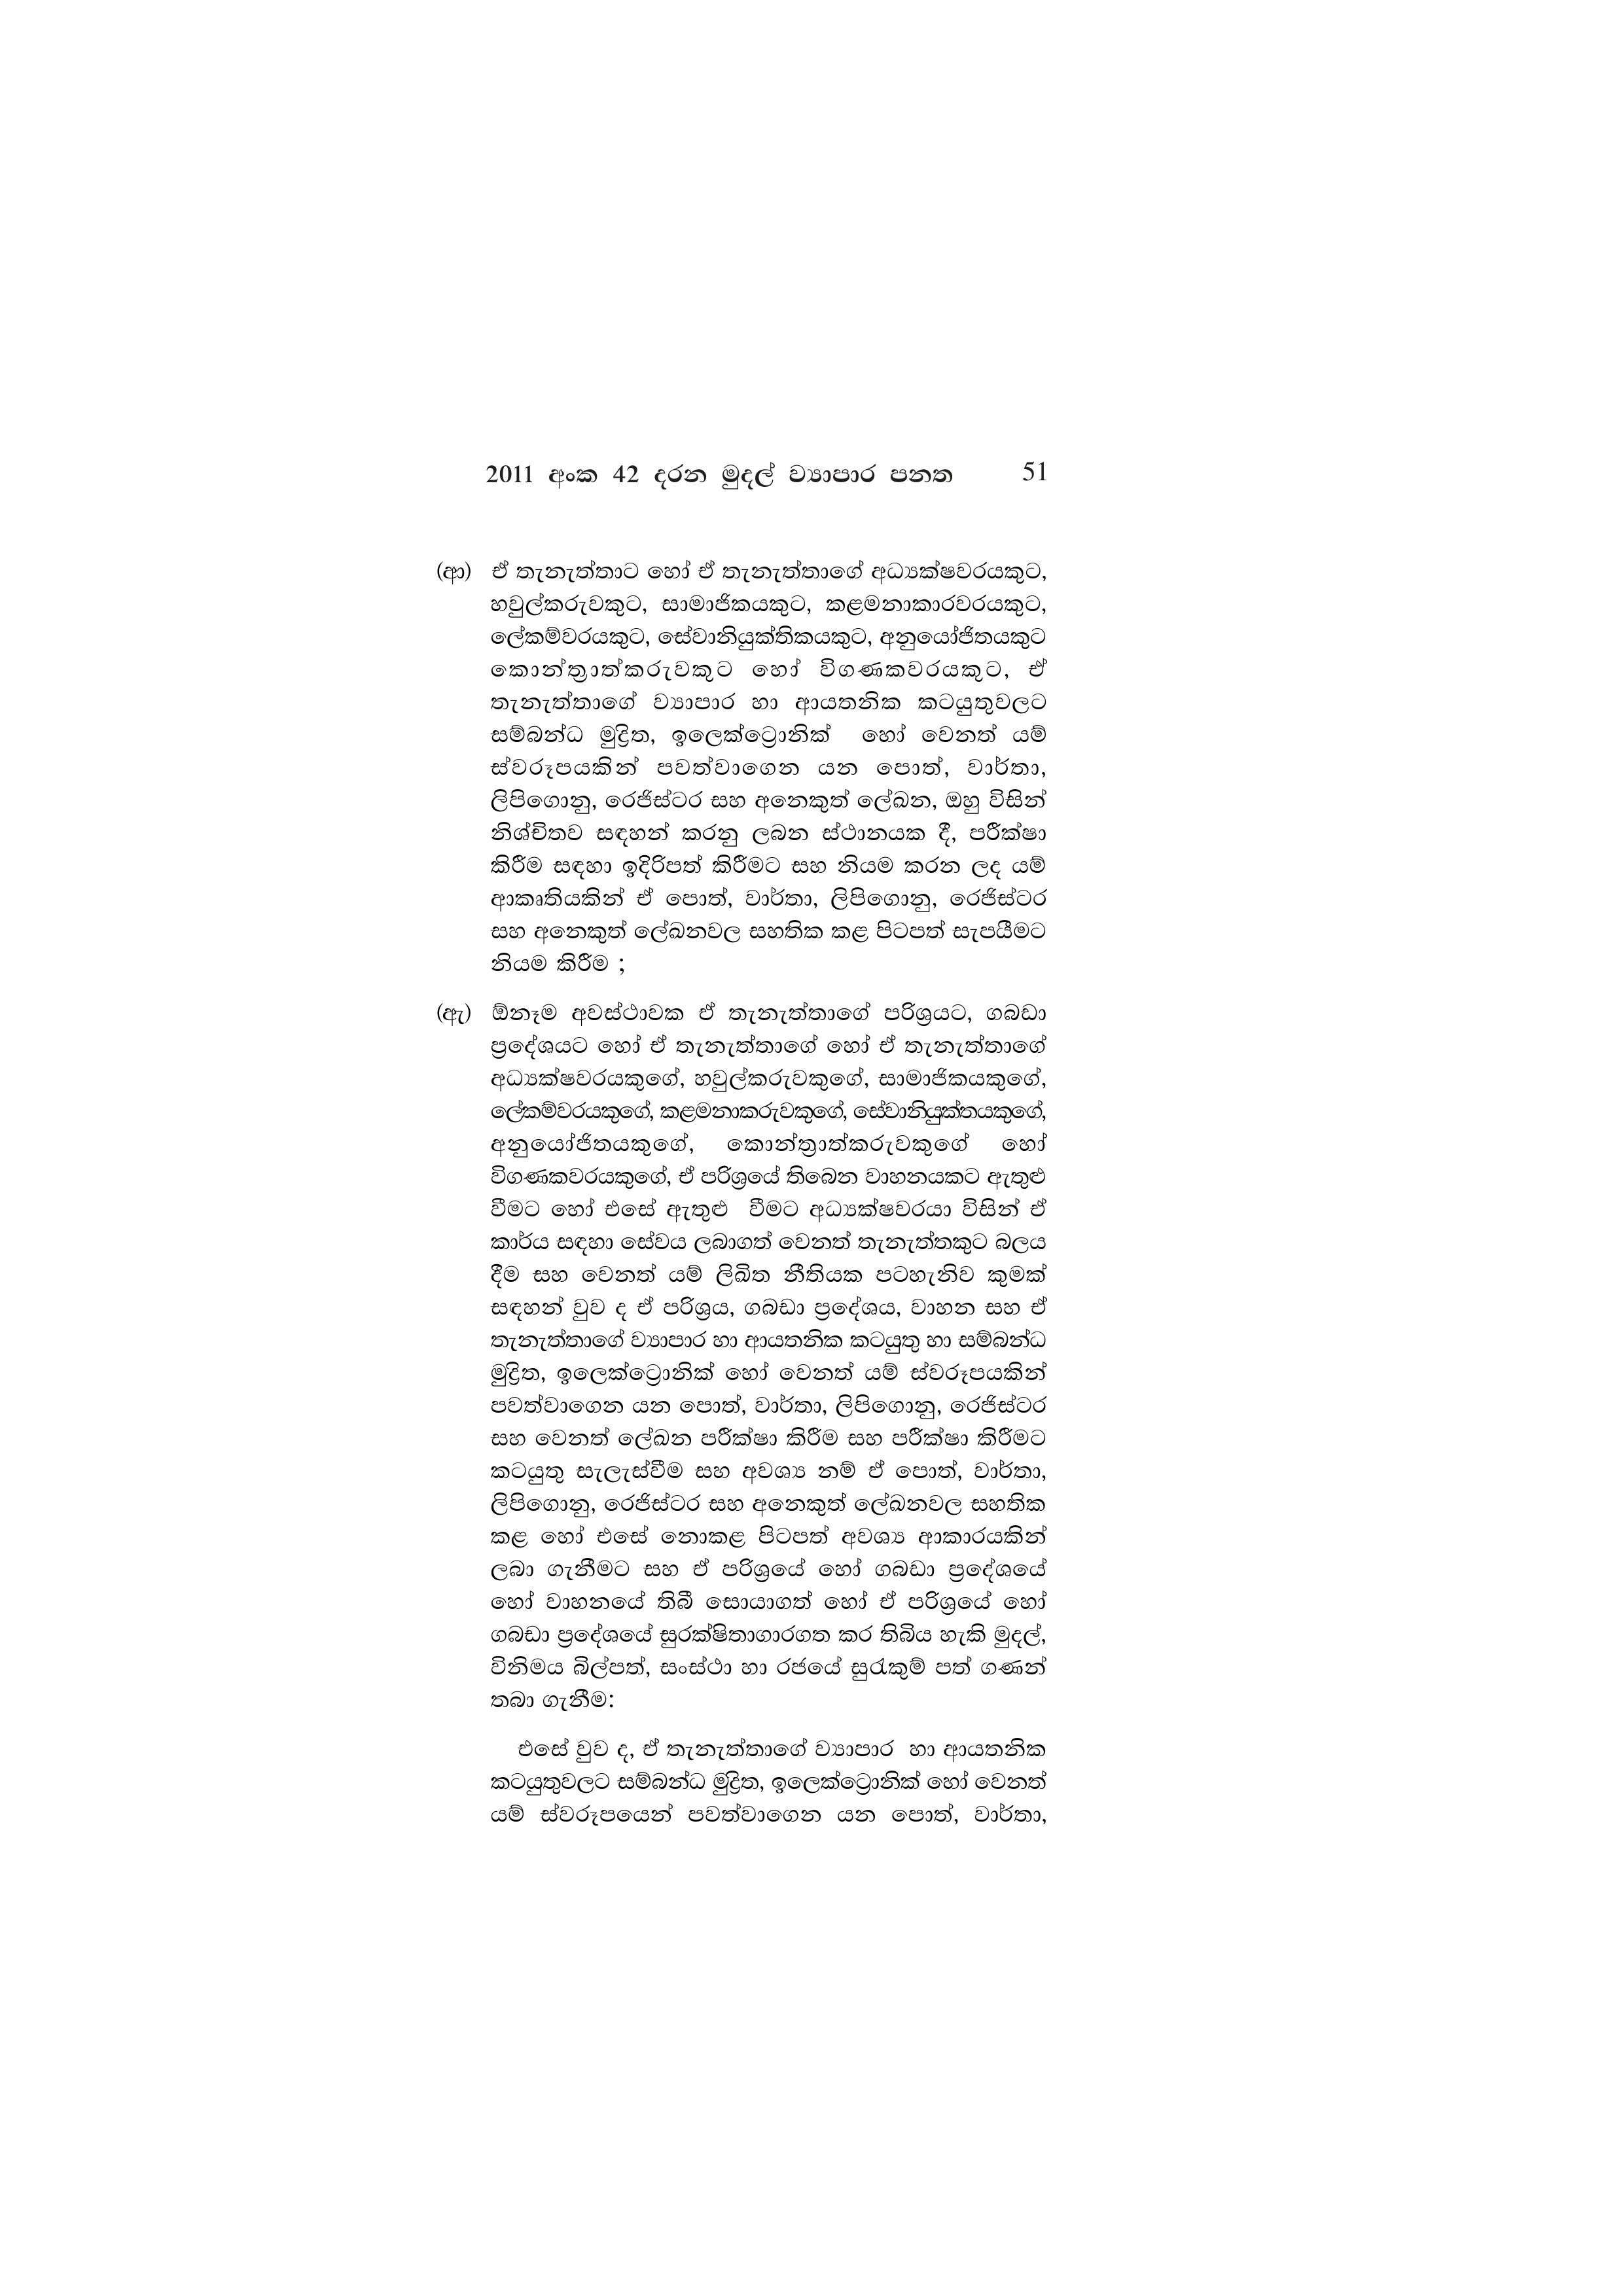
2011 අංක 42 දරන මුදල් ව්‍යාපාර පනත 51

(ආ) ඒ තැනැත්තාට හෝ ඒ තැනැත්තාගේ අධ්‍යක්ෂවරයකුට,
හවුල්කරුවකුට, සාමාජිකයකුට, කළමනාකාරවරයකුට,
ලේකම්වරයකුට, සේවානියුක්තිකයකුට, අනුයෝජිතයකුට
කොන්ත්‍රාත්කරුවකුට හෝ විගණකවරයකුට, ඒ
තැනැත්තාගේ ව්‍යාපාර හා ආයතනික කටයුතුවලට
සම්බන්ධ මුද්‍රිත, ඉලෙක්ට්‍රොනික් හෝ වෙනත් යම්
ස්වරූපයකින් පවත්වාගෙන යන පොත්, වාර්තා,
ලිපිගොනු, රෙජිස්ටර සහ අනෙකුත් ලේඛන, ඔහු විසින්
නිශ්චිතව සඳහන් කරනු ලබන ස්ථානයක දී, පරීක්ෂා
කිරීම සඳහා ඉදිරිපත් කිරීමට සහ නියම කරන ලද යම්
ආකෘතියකින් ඒ පොත්, වාර්තා, ලිපිගොනු, රෙජිස්ටර
සහ අනෙකුත් ලේඛනවල සහතික කළ පිටපත් සැපයීමට
නියම කිරීම ;

(ඇ) ඕනෑම අවස්ථාවක ඒ තැනැත්තාගේ පරිශ්‍රයට, ගබඩා
ප්‍රදේශයට හෝ ඒ තැනැත්තාගේ හෝ ඒ තැනැත්තාගේ
අධ්‍යක්ෂවරයකුගේ, හවුල්කරුවකුගේ, සාමාජිකයකුගේ,
ලේකම්වරයකුගේ, කළමනාකරුවකුගේ, සේවානියුක්තයකුගේ,
අනුයෝජිතයකුගේ, කොන්ත්‍රාත්කරුවකුගේ හෝ
විගණකවරයකුගේ, ඒ පරිශ්‍රයේ තිබෙන වාහනයකට ඇතුළු
වීමට හෝ එසේ ඇතුළු වීමට අධ්‍යක්ෂවරයා විසින් ඒ
කාර්ය සඳහා සේවය ලබාගත් වෙනත් තැනැත්තකුට බලය
දීම සහ වෙනත් යම් ලිඛිත නීතියක පටහැනිව කුමක්
සඳහන් වුව ද ඒ පරිශ්‍රය, ගබඩා ප්‍රදේශය, වාහන සහ ඒ
තැනැත්තාගේ ව්‍යාපාර හා ආයතනික කටයුතු හා සම්බන්ධ
මුද්‍රිත, ඉලෙක්ට්‍රොනික් හෝ වෙනත් යම් ස්වරූපයකින්
පවත්වාගෙන යන පොත්, වාර්තා, ලිපිගොනු, රෙජිස්ටර
සහ වෙනත් ලේඛන පරීක්ෂා කිරීම සහ පරීක්ෂා කිරීමට
කටයුතු සැලැස්වීම සහ අවශ්‍ය නම් ඒ පොත්, වාර්තා,
ලිපිගොනු, රෙජිස්ටර සහ අනෙකුත් ලේඛනවල සහතික
කළ හෝ එසේ නොකළ පිටපත් අවශ්‍ය ආකාරයකින්
ලබා ගැනීමට සහ ඒ පරිශ්‍රයේ හෝ ගබඩා ප්‍රදේශයේ
හෝ වාහනයේ තිබී සොයාගත් හෝ ඒ පරිශ්‍රයේ හෝ
ගබඩා ප්‍රදේශයේ සුරක්ෂිතාගාරගත කර තිබිය හැකි මුදල්,
විනිමය බිල්පත්, සංස්ථා හා රජයේ සුරැකුම් පත් ගණන්
තබා ගැනීම:

එසේ වුව ද, ඒ තැනැත්තාගේ ව්‍යාපාර හා ආයතනික
කටයුතුවලට සම්බන්ධ මුද්‍රිත, ඉලෙක්ට්‍රොනික් හෝ වෙනත්
යම් ස්වරූපයෙන් පවත්වාගෙන යන පොත්, වාර්තා,